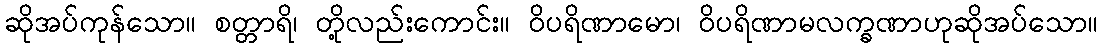
ဆိုအပ်ကုန်သော။ စတ္တာရိ၊ တို့လည်းကောင်း။ ဝိပရိဏာမော၊ ဝိပရိဏာမလက္ခဏာဟုဆိုအပ်သော။